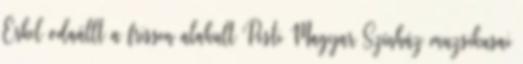
Erkel odaállt a frissen alakult Pesti Magyar Színház muzsikusai